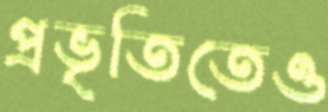
প্রভৃতিতেও